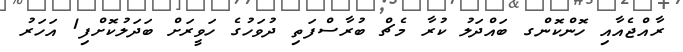
ރާއްޖެއާއި ހޮންކޮންގ ބައްދަލު ކުރާ މެޗް ބުރާސްފަތި ދުވަހުގެ ހަވީރަށް ބަދަލުކޮށްފި1 އަހަރު